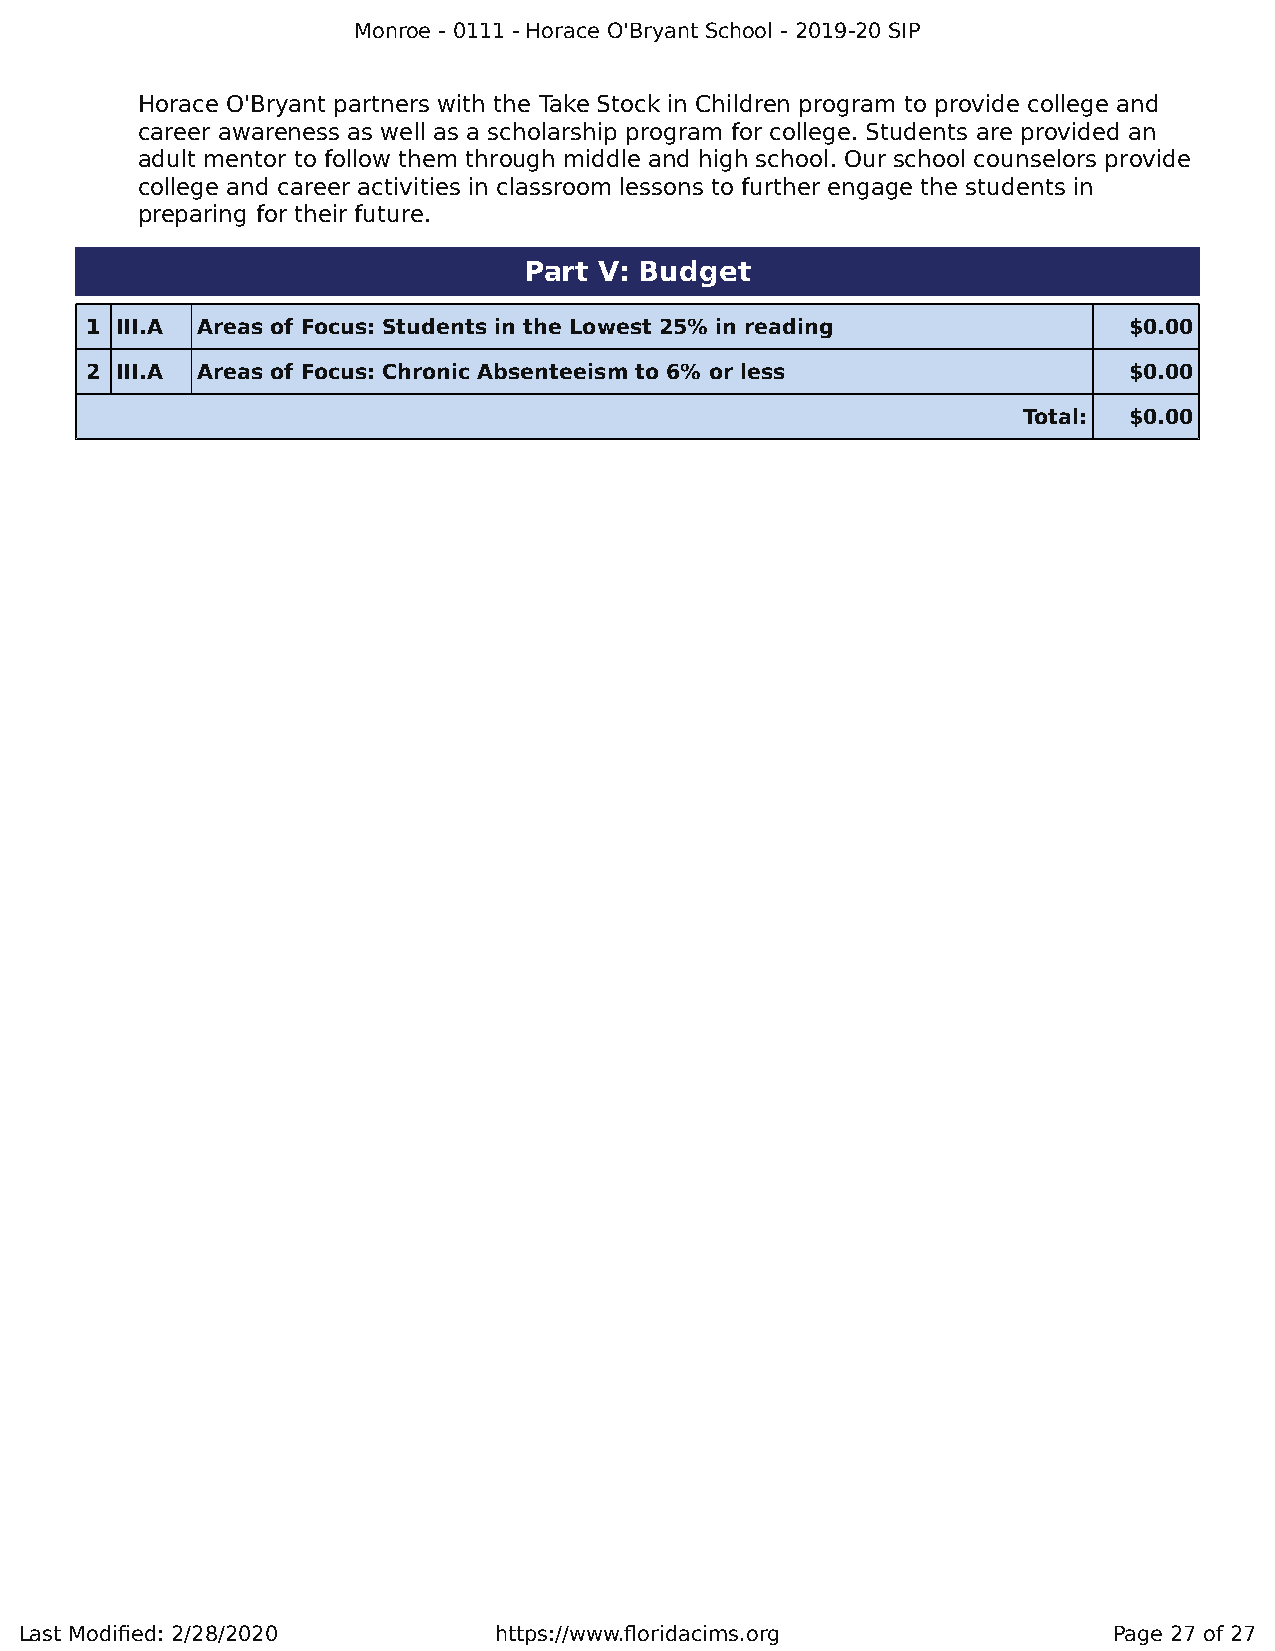
Monroe - 0111 - Horace O'Bryant School - 2019-20 SIP
 Horace O'Bryant partners with the Take Stock in Children program to provide college and
 career awareness as well as a scholarship program for college. Students are provided an
 adult mentor to follow them through middle and high school. Our school counselors provide
 college and career activities in classroom lessons to further engage the students in
 preparing for their future.
 Part V: Budget
 1 III.A Areas of Focus: Students in the Lowest 25% in reading        $0.00
 2 III.A Areas of Focus: Chronic Absenteeism to 6% or less            $0.00
 Total: $0.00
 Last Modified: 2/28/2020        https://www.floridacims.org              Page 27 of 27